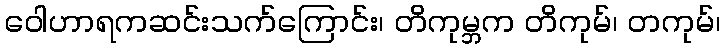
ဝေါဟာရကဆင်းသက်ကြောင်း၊ တိကုမ္ဘက တိကုမ်၊ တကုမ်၊